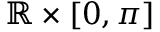
\mathbb { R } \times [ 0 , \pi ]